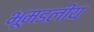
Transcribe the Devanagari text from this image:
भूमडलीय